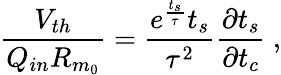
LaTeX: \frac{V_{th}}{Q_{in}R_{m_{0}}}=\frac{e^{\frac{t_{s}}{\tau}}t_{s}}{\tau^{2}}\frac{\partial t_{s}}{\partial t_{c}}~,